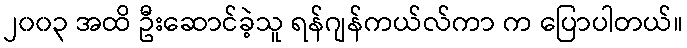
၂၀၀၃ အထိ ဦးဆောင်ခဲ့သူ ရန်ဂျန်ကယ်လ်ကာ က ပြောပါတယ်။